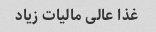
غذا عالی مالیات زیاد